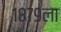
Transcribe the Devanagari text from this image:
१८७९ला